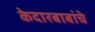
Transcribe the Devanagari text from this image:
केदारबाबांचे